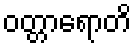
ဝတ္တာရောတိ